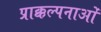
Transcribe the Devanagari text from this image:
प्राक्कल्पनाओं